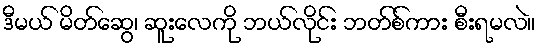
ဒီမယ် မိတ်ဆွေ၊ ဆူးလေကို ဘယ်လိုင်း ဘတ်စ်ကား စီးရမလဲ။